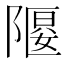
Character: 𲉞